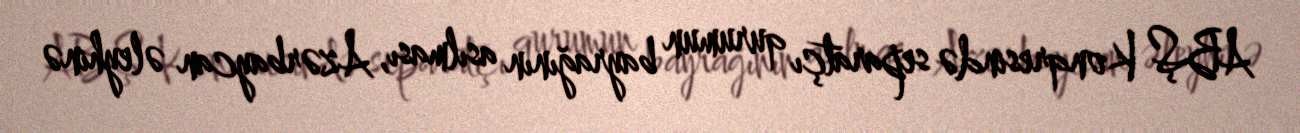
ABŞ Konqresində separatçı qurumun bayrağının asılması, Azərbaycan əleyhinə